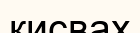
кисвах